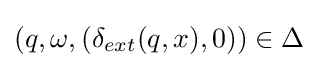
(q,\omega ,(\delta _{ext}(q,x),0))\in \Delta